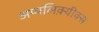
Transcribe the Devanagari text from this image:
अप्पलिक़्यीक्स